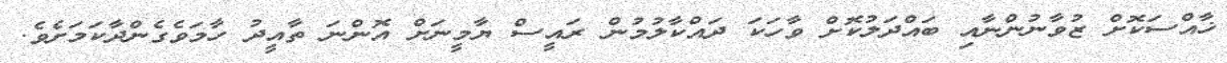
ޚާއްސަކޮށް ޒުވާނުންނާއި ބައްދަލުކޮށް ވާހަކަ ދައްކާލުމުން ރައީސް ޔާމީނަށް އޮންނަ ތާއީދު ހާމަވެގެންދާކަމަށެވެ.